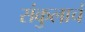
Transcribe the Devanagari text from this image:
संकुलाचं